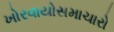
ખોરવાયોસમાચારો